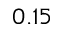
0 . 1 5